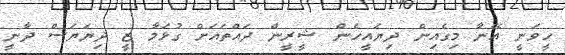
ހީވަނީ އޭނާ މިގެއިން ދިޔައީހެން ޝީރީން ދައްތައަށް ގުޅަމާ ޒީ ދިޔަޔަސް ދާނީ